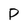
Character: P